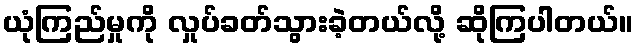
ယုံကြည်မှုကို လှုပ်ခတ်သွားခဲ့တယ်လို့ ဆိုကြပါတယ်။